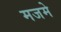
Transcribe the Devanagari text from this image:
मजमे